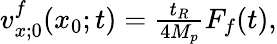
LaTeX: \begin{array}{r}{v_{x;0}^{f}(x_{0};t)=\frac{t_{R}}{4M_{p}}F_{f}(t),}\end{array}